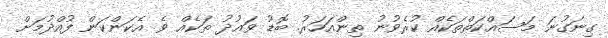
ގިނަގުނަ މަސައްކަތްތަކެއް ކުރެވުނު ތިންއަހަރު. ބޮޑު ވައުދު ތަކެއް ވެ އެކަންކަން ފުއްދުމަށް